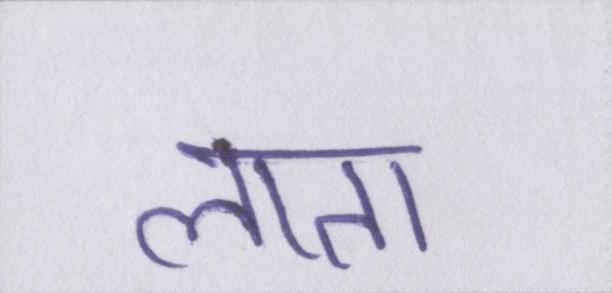
लाता